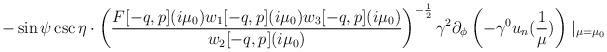
LaTeX: \begin{align*}-\sin\psi\csc\eta\cdot\left(\frac{F[-q,p](i\mu_{0})w_{1}[-q,p](i\mu_{0})w_{3}[-q,p](i\mu_{0})}{w_{2}[-q,p](i\mu_{0})}\right)^{-\frac{1}{2}} \gamma^{2}\partial_{\phi}\left(-\gamma^{0}u_{n}(\frac{1}{\mu})\right)\mid_{\mu=\mu_{0}} \end{align*}